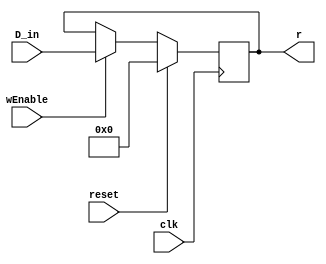
`timescale 1ns / 1ps
//////////////////////////////////////////////////////////////////////////////////
// Company: 
// Engineer: 
// 
// Design Name: 
// Module Name:    regbank 
// Project Name: 
// Target Devices: 
// Tool versions: 
// Description: 
//
// Dependencies: 
//
// Revision: 
// Revision 0.01 - File Created
// Additional Comments: 
//
//////////////////////////////////////////////////////////////////////////////////
//TODO
//output reg [15:0] A;
//output reg [15:0] B;
//input reg controlA;
//input reg controlB;
// how can we decide the data path? 16 to 1 mux? or mutliple muxes to 1

//TODO IMPLEMENT MUXES
//MUX_2to1 reg1(.data_inA(),.out(A));
//MUX_2to1 reg2(.data_inB,.out(B));

// each instruction run occurs by one clock 
module Register(D_in, wEnable, reset, clk, r
    );
	 input [15:0] D_in;
	 input clk, wEnable, reset;
	 output reg [15:0] r;
	 
 always @( posedge clk )
	begin
	if (reset) r <= 16'b0000000000000000;
	else
		begin			
			if (wEnable)
				begin
					r <= D_in;
				end
			else
				begin
					r <= r;
				end
		end
	end
endmodule


// Shown below is one way to implement the register file
// This is a bottom-up, structural instantiation
// Another module is described in another file...
// .... which shows two dimensional construct for regfile

// Structural Implementation of RegBank
/********/
module RegBank(ALUBus, r0, r1, r2, r3, r4, r5, r6, r7, r8, r9, r10, r11, r12, r13, r14, r15, regEnable, clk, reset);
	input clk, reset;
	input [15:0] ALUBus;
	input [15:0] regEnable;
	output [15:0] r0, r1, r2, r3, r4, r5, r6, r7, r8, r9, r10, r11, r12, r13, r14, r15;

	
Register Inst0(
	.D_in(ALUBus),
	.wEnable(regEnable[0]),
	.reset(reset), 
	.clk(clk),
	.r(r0));
Register Inst1(ALUBus, regEnable[1], reset, clk, r1);
Register Inst2(ALUBus, regEnable[2], reset, clk, r2);
Register Inst3(ALUBus, regEnable[3], reset, clk, r3);
Register Inst4(ALUBus, regEnable[4], reset, clk, r4);
Register Inst5(ALUBus, regEnable[5], reset, clk, r5);
Register Inst6(ALUBus, regEnable[6], reset, clk, r6);
Register Inst7(ALUBus, regEnable[7], reset, clk, r7);
Register Inst8(ALUBus, regEnable[8], reset, clk, r8);
Register Inst9(ALUBus, regEnable[9], reset, clk, r9);
Register Inst10(ALUBus, regEnable[10], reset, clk, r10);
Register Inst11(ALUBus, regEnable[11], reset, clk, r11);
Register Inst12(ALUBus, regEnable[12], reset, clk, r12);
Register Inst13(ALUBus, regEnable[13], reset, clk, r13);
Register Inst14(ALUBus, regEnable[14], reset, clk, r14);
Register Inst15(ALUBus, regEnable[15], reset, clk, r15);

endmodule
/**************/